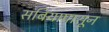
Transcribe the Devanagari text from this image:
सर्बियापासून